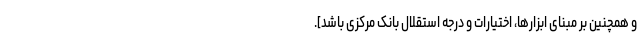
و همچنین بر مبنای ابزارها، اختیارات و درجه استقلال بانک مرکزی باشد].